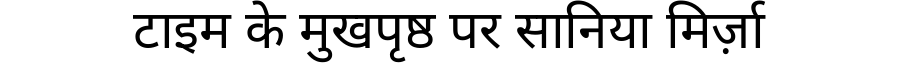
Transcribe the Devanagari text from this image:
टाइम के मुखपृष्ठ पर सानिया मिर्ज़ा